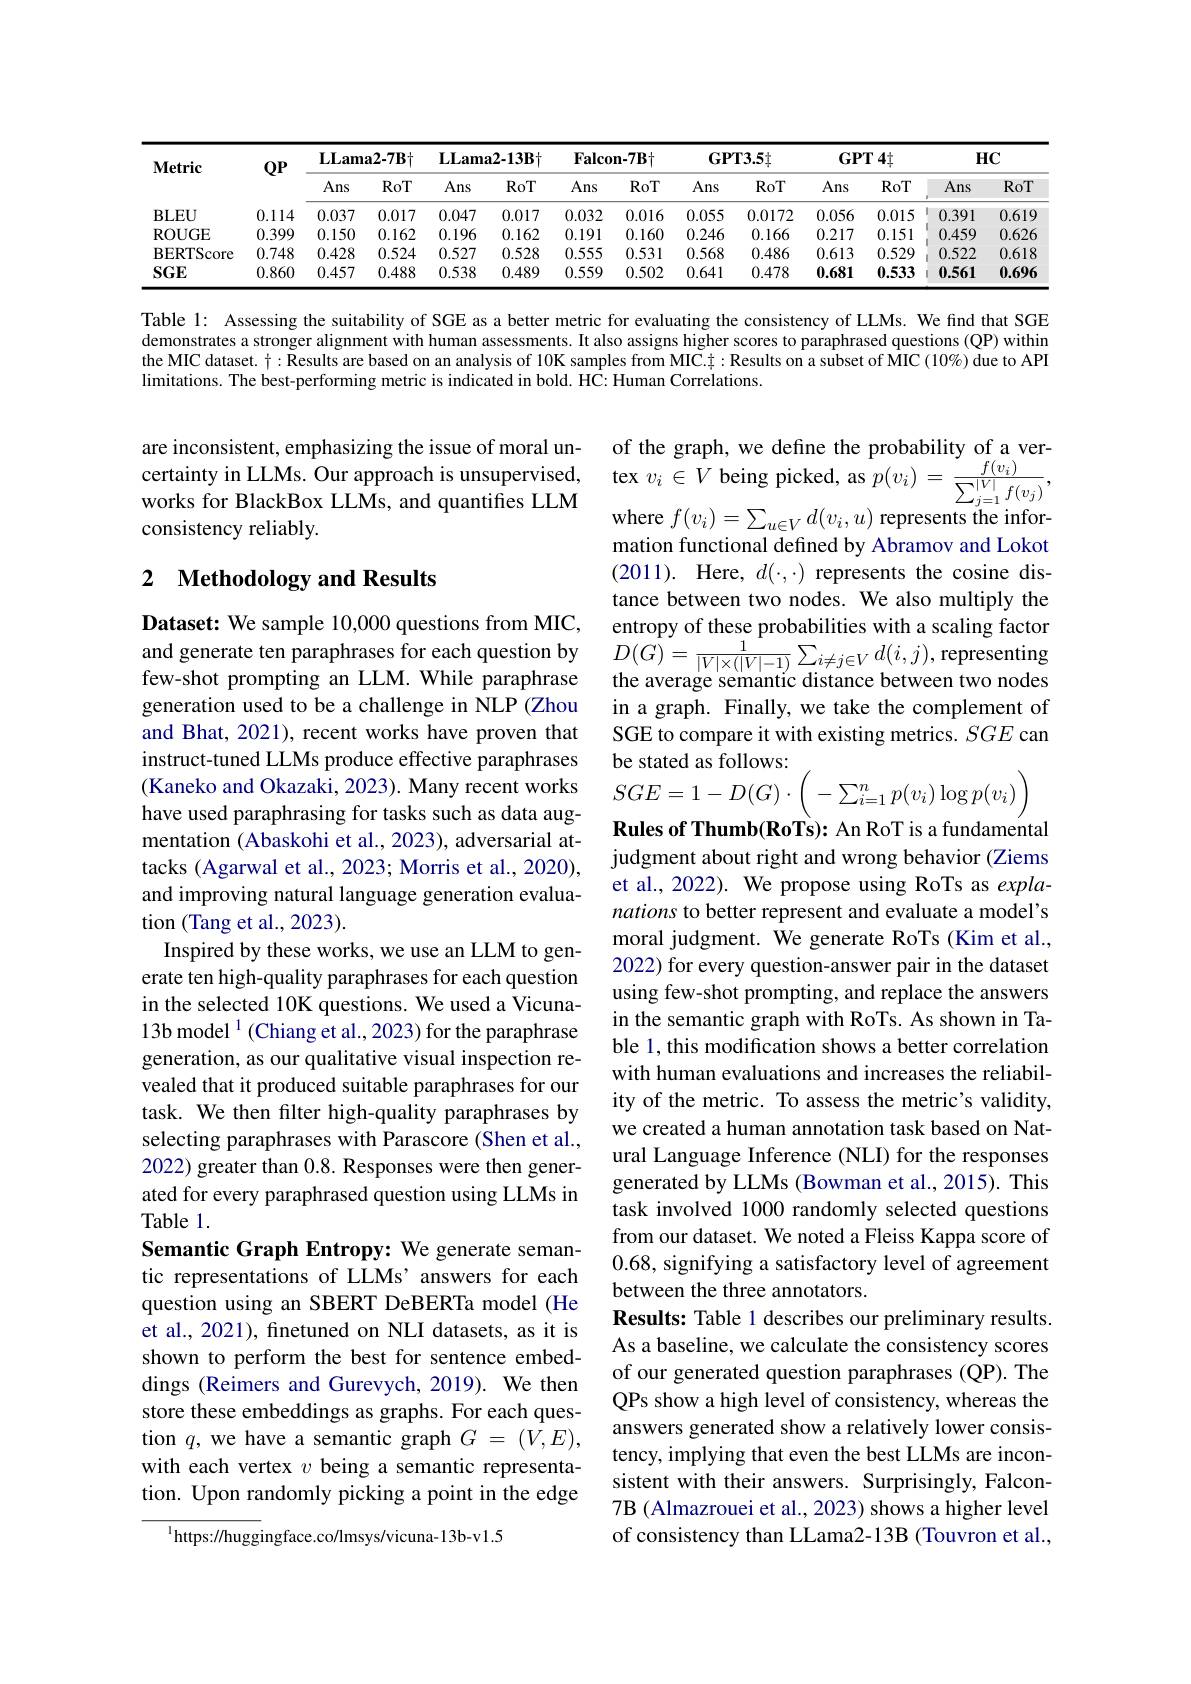
<table>
	<tbody>
		<tr>
			<th rowspan="2">$\mathbf{Metric}$</th>
			<th rowspan="2">$QP$</th>
			<th colspan="2">$\mathbf{LLama2-7B}+$</th>
			<th colspan="2">$\mathbf{L}\mathbf{L}\mathbf{ama2-13B}+$</th>
			<th colspan="2">$\mathbf{Falcon-7B}\dagger$</th>
			<th colspan="2">$\mathbf{GPT3.5}$</th>
			<th colspan="2">$\mathbf{GPT}4$</th>
			<th colspan="2">$HC$</th>
		</tr>
		<tr>
			<th>Ans</th>
			<th>RoT</th>
			<th>Ans</th>
			<th>RoT</th>
			<th>Ans</th>
			<th>RoT</th>
			<th>Ans</th>
			<th>RoT</th>
			<th>Ans</th>
			<th>RoT</th>
			<th>Ans</th>
			<th>RoT</th>
		</tr>
		<tr>
			<td>$BLEU$</td>
			<td>0.114</td>
			<td>0.037</td>
			<td>0.017</td>
			<td>0.047</td>
			<td>0.017</td>
			<td>0.032</td>
			<td>0.016</td>
			<td>0.055</td>
			<td>0.0172</td>
			<td>0.056</td>
			<td>0.015</td>
			<td>I 0.391</td>
			<td>$0.61S$</td>
		</tr>
		<tr>
			<td>ROUGE</td>
			<td>0.399</td>
			<td>0.150</td>
			<td>0.162</td>
			<td>0.196</td>
			<td>0.162</td>
			<td>0.191</td>
			<td>0.160</td>
			<td>0.246</td>
			<td>0.166</td>
			<td>0.217</td>
			<td>0.151</td>
			<td>0.459</td>
			<td>$0.62\epsilon$</td>
		</tr>
		<tr>
			<td>${\mathrm{BERTScore}}$</td>
			<td>0.748</td>
			<td>0.428</td>
			<td>0.524</td>
			<td>0.527</td>
			<td>0.528</td>
			<td>0.555</td>
			<td>0.531</td>
			<td>0.568</td>
			<td>0.486</td>
			<td>0.613</td>
			<td>0.529</td>
			<td>0.522</td>
			<td>0.618</td>
		</tr>
		<tr>
			<td>$SGE$</td>
			<td>0.860</td>
			<td>0.457</td>
			<td>0.488</td>
			<td>0.538</td>
			<td>0.489</td>
			<td>0.559</td>
			<td>0.502</td>
			<td>0.641</td>
			<td>0.478</td>
			<td>0.681</td>
			<td>0.533</td>
			<td>0.561 1</td>
			<td>0.696</td>
		</tr>
	</tbody>
</table>

Table 1: Assessing the suitability of SGE as a better metric for evaluating the consistency of LLMs. We find that SGE demonstrates a stronger alignment with human assessments. It also assigns higher scores to paraphrased questions (QP) within the MIC dataset. $\dagger:\bar{\text{Results are based on an analysis of 10K samples from MIC.:Results on a subset of MIC (10\%) due to API}}$ limitations. The best-performing metric is indicated in bold. HC: Human Correlations.

are inconsistent, emphasizing the issue of moral uncertainty in LLMs. Our approach is unsupervised, works for BlackBox LLMs, and quantifies LLM consistency reliably.

## 2 $\textbf{Methodology and Results}$

of the graph, we define the probability of a vertex $v_i\in V$ being picked, as $p(v_i)=\frac{f(v_i)}{\sum_{i=1}^{|V|}f(v_i)}$ where $f(v_{i})=\sum_{u\in V}d(v_{i},u)$ represents the information functional defined by Abramov and Lokot (2011). Here, $d(\cdot,\cdot)$ represents the cosine distance between two nodes. We also multiply the entropy of these probabilities with a scaling factor
and generate ten paraphrases for each question by $D(G)=\frac1{|V|\times(|V|-1)}\sum_{i\neq j\in V}d(i,j)$, representing
the average semantic distance between two nodes in a graph. Finally, we take the complement of SGE to compare it with existing metrics. $SGE$ can be stated as follows:
$\begin{aligned}&\text{(Kaneko and Okazaki, 2023). Many recent works}&SGE=1-D(G)\cdot\left(-\sum_{i=1}^{n}p(v_{i})\log p(v_{i})\right)\\&\text{have used paraphrasing for tasks such as data aug-}&\text{Por tasks such as data aug-}&\text{Por tas }\\&\text{Por }(v_{i})=\text{Por }(v_{i})=\text{Por }(v_{i})\end{aligned}$

Rules of Thumb(RoTs): An RoT is a fundamental judgment about right and wrong behavior (Ziems et al., 2022). We propose using RoTs as explanations to better represent and evaluate a model's moral judgment. We generate RoTs (Kim et al., 2022) for every question-answer pair in the dataset using few-shot prompting, and replace the answers in the semantic graph with RoTs. As shown in Table 1, this modification shows a better correlation with human evaluations and increases the reliability of the metric. To assess the metric's validity, we created a human annotation task based on Natural Language Inference (NLI) for the responses generated by LLMs (Bowman et al., 2015). This task involved 1000 randomly selected questions from our dataset. We noted a Fleiss Kappa score of 0.68, signifying a satisfactory level of agreement between the three annotators.
Results: Table 1 describes our preliminary results. As a baseline, we calculate the consistency scores of our generated question paraphrases (QP). The QPs show a high level of consistency, whereas the answers generated show a relatively lower consistency, implying that even the best LLMs are inconsistent with their answers. Surprisingly, Falcon- 7B (Almazrouei et al., 2023) shows a higher level of consistency than LLama2-13B (Touvron et al.,

Dataset: We sample 10,000 questions from MIC, few-shot prompting an LLM. While paraphrase generation used to be a challenge in NLP (Zhou and Bhat, 2021), recent works have proven that instruct-tuned LLMs produce effective paraphrases have used paraphrasing for tasks such as data augmentation (Abaskohi et al., 2023), adversarial attacks (Agarwal et al., 2023; Morris et al., 2020), and improving natural language generation evaluation (Tang et al., 2023).
Inspired by these works, we use an LLM to generate ten high-quality paraphrases for each question in the selected 10K questions. We used a Vicuna- 13b model$^1($Chiang et al., 2023) for the paraphrase generation, as our qualitative visual inspection revealed that it produced suitable paraphrases for our task. We then filter high-quality paraphrases by selecting paraphrases with Parascore (Shen et al., 2022) greater than 0.8. Responses were then generated for every paraphrased question using LLMs in Table 1.
Semantic Graph Entropy: We generate semantic representations of LLMs’ answers for each question using an SBERT DeBERTa model (He et al., 2021), finetuned on NLI datasets, as it is shown to perform the best for sentence embeddings (Reimers and Gurevych, 2019). We then store these embeddings as graphs. For each question $q$, we have a semantic graph $G=(\bar{V},E)$, with each vertex $v$ being a semantic representation. Upon randomly picking a point in the edge
$^{1}{\mathrm{https://huggingface.co/lmsys/vicuna-13b-v1.5}}$